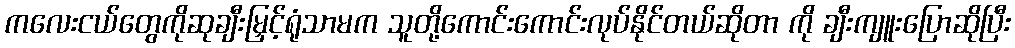
ကလေးငယ်တွေကိုဆုချီးမြှင့်ရုံသာမက သူတို့ကောင်းကောင်းလုပ်နိုင်တယ်ဆိုတာ ကို ချီးကျူးပြောဆိုပြီး